Report on the Nagpur School of Medicine, Central Provinces
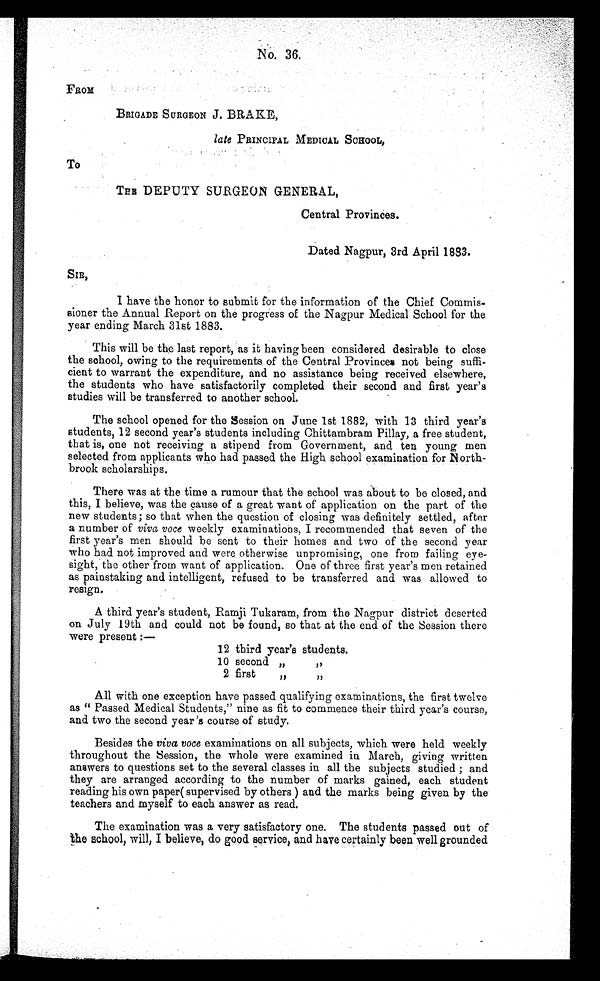
No 6.
FROM
BRIGADE SURGEON J. BRAKE,
late PRINCIPAL MEDICAL SCHOOL,
To
TEE DEPUTY SURGEON GENERAL,
Central Provinces.
Dated Nagpur, 3rd April 1883.
SIR,
I have the honor to submit for the information of the Chief Commis-
sioner the Annual Report on the progress of the Nagpur Medical School for the
year ending March 31st 1883.
This will be the last report, as it having been considered desirable to close
the school, owing to the requirements of the Central Provinces not being suffi--
cient to warrant the expenditure, and no assistance being received elsewhere,
the students who have satisfactorily completed their second and first year's
studies will be transferred to another school.
The school opened for the session on June 1st 1882, with 13 third year's
students, 12 second year's students including Chittambram Pillay, a free student,
that is, one not receiving a stipend from Government, and ten young men
selected from applicants who had passed the High school examination for North--
brook scholarships.
There was at the time a rumour that the school was about to be closed, and
this, I believe, was the cause of a great want of application on the part of the
new students; so that when the question of closing was definitely settled, after
a number of viva voce weekly examinations, I recommended that seven of the
first year's men should be sent to their homes and two of the second year
who had not improved and were otherwise unpromising, one from failing eye-
sight, the other from want of application. One of three first year's men retained
as painstaking and intelligent, refused to be transferred and was allowed to
resign.
A third year's student, Ramji Tukaram, from the Nagpur district deserted
on July 19th and could not be found, so that at the end of the Session there
were present :—
12 third year's students.
10second „ ,,
2 first ,, ,,
All with one exception have passed qualifying examinations, the first twelve
as " Passed Medical Students," nine as fit to commence their third year's course,
and two the second year's course of study.
Besides the viva voce examinations on all subjects, which were held weekly
throughout the Session, the whole were examined in March, giving written
answers to questions set to the several classes in all the subjects studied ; and
they are arranged according to the number of marks gained, each student
reading his own paper( supervised by others ) and the marks being given by the
teachers and myself to each answer as read.
The examination was a very satisfactory one. The students passed out of
the school , will, I believe, do good service, and have certainly been well grounded